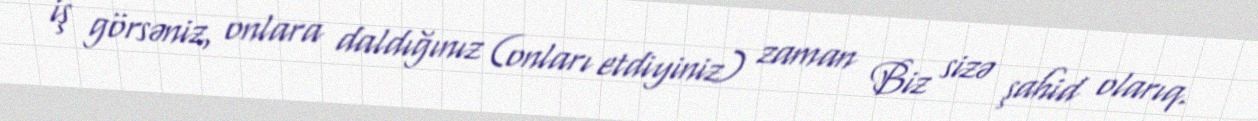
iş görsəniz, onlara daldığınız (onları etdiyiniz) zaman Biz sizə şahid olarıq.